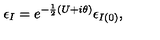
\epsilon _ { I } = e ^ { - \frac { 1 } { 2 } ( U + i \theta ) } \epsilon _ { I ( 0 ) } ,